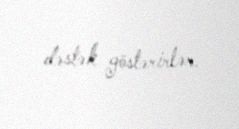
dəstək göstərirlər.